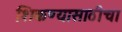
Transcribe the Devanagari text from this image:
शिकण्यासाठीचा